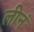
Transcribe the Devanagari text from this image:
लीनं